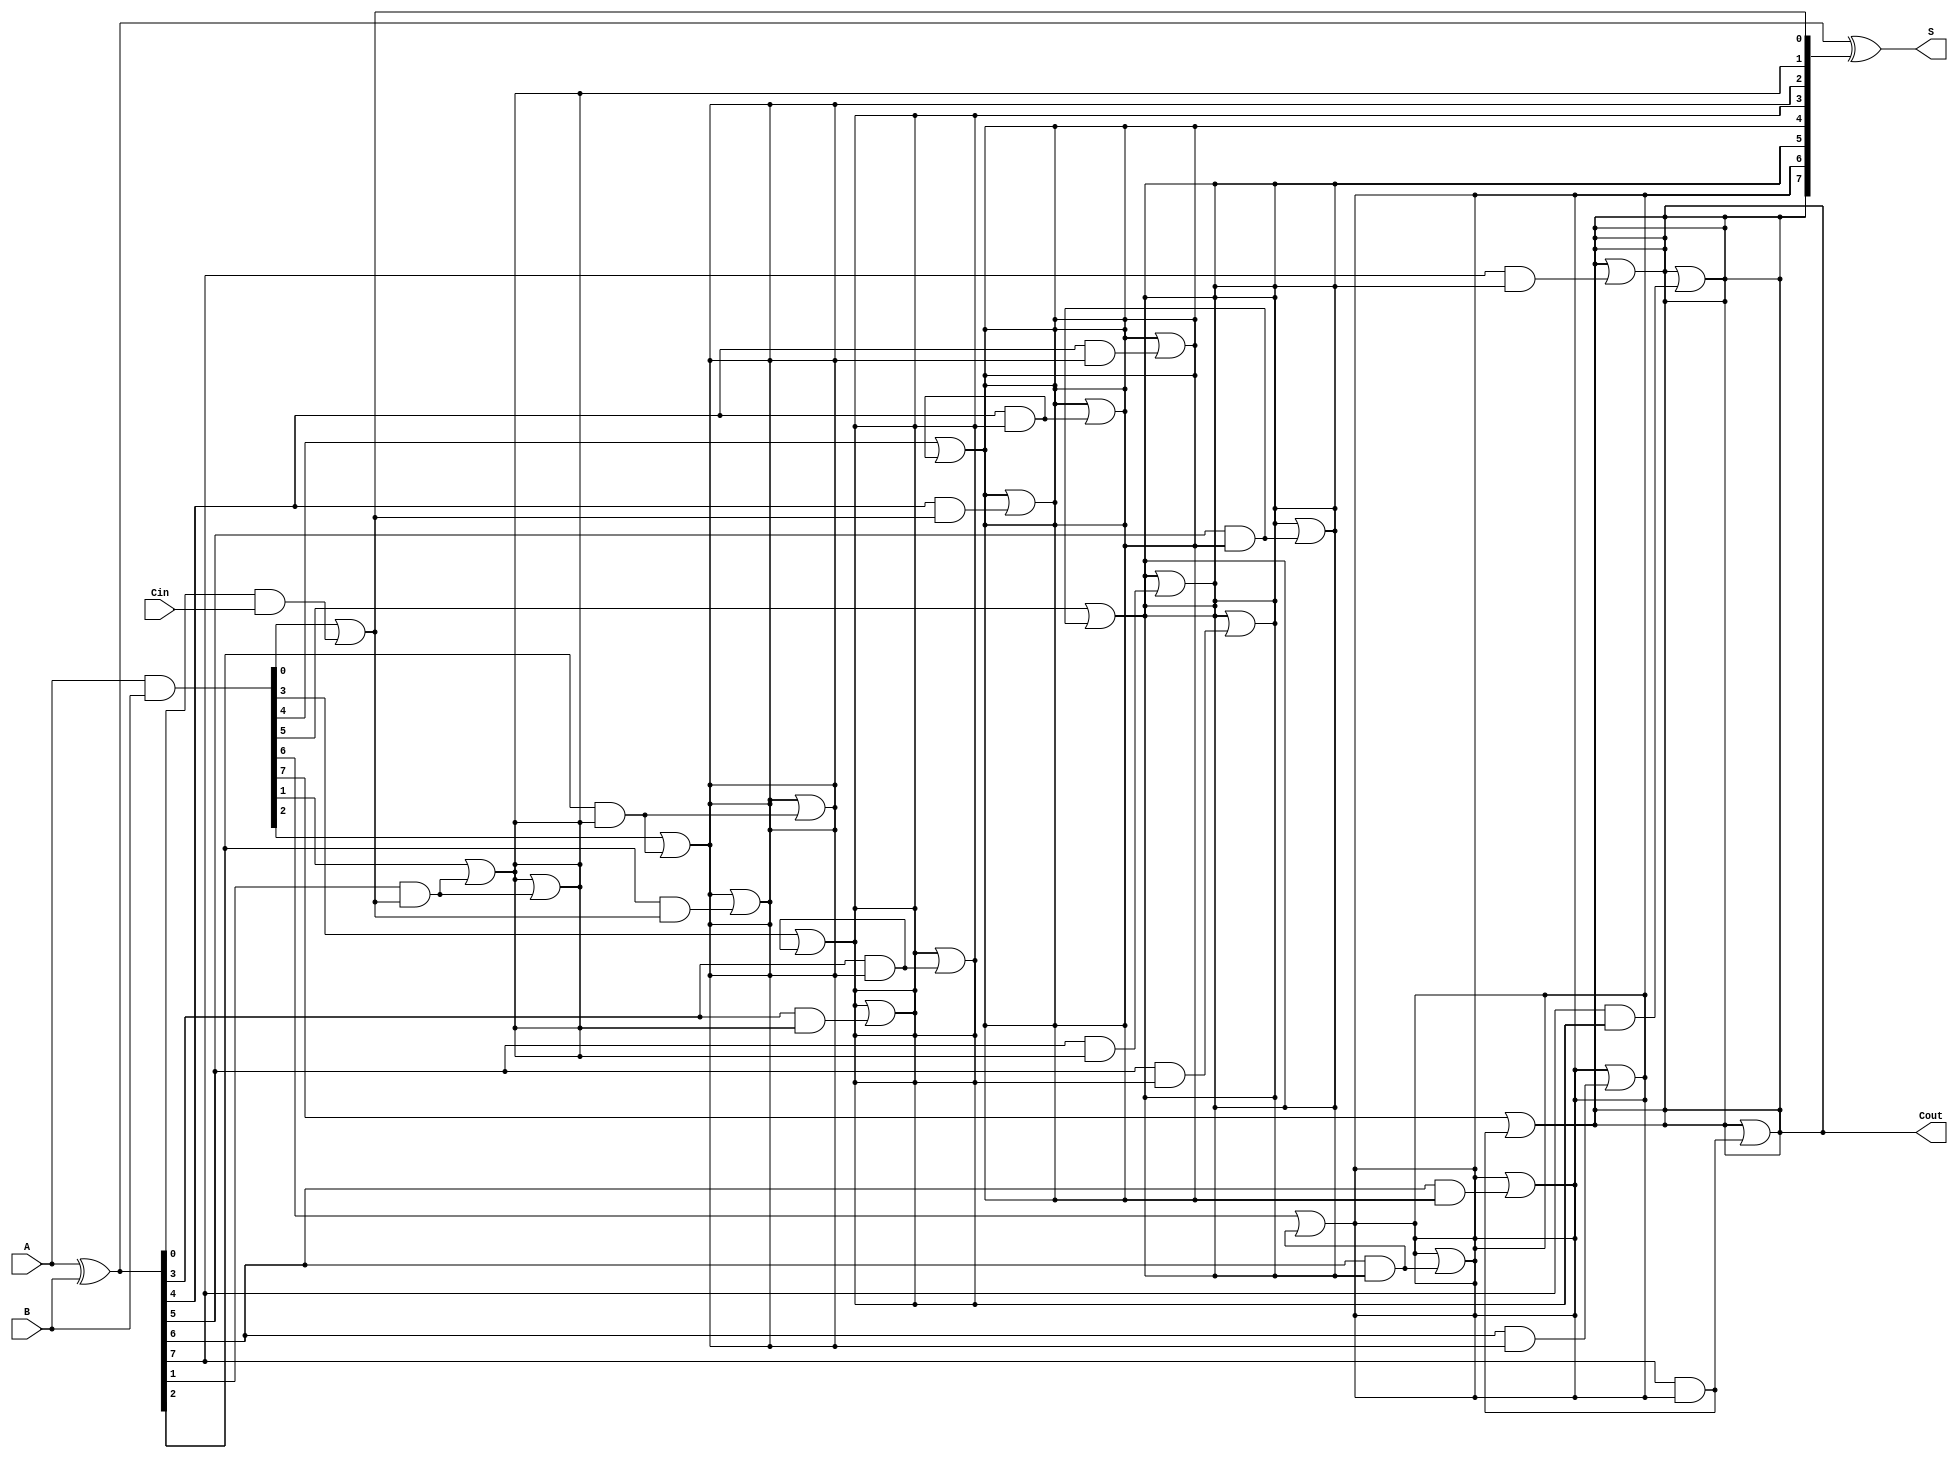
module ParallelPrefixAdder #(parameter N = 8) (
    input  wire [N-1:0] A,     // First n-bit input
    input  wire [N-1:0] B,     // Second n-bit input
    input  wire Cin,           // Carry-in
    output wire [N-1:0] S,     // Sum output
    output wire Cout           // Carry-out
);

    // Generate and Propagate signals
    wire [N-1:0] G; // Generate
    wire [N-1:0] P; // Propagate
    wire [N:0] C;    // Carry bits

    // Generate and Propagate calculations
    assign G = A & B;         // G[i] = A[i] AND B[i]
    assign P = A ^ B;         // P[i] = A[i] XOR B[i]

    // Carry bits initialization
    assign C[0] = Cin; // C[0] is the carry-in

    // Carry generation using Kogge-Stone logic
    genvar i, j;
    generate
        // Level 1
        for (i = 0; i < N; i = i + 1) begin: level1
            if (i == 0) begin
                assign C[i+1] = G[i] | (P[i] & C[i]); // C[1]
            end else begin
                assign C[i+1] = G[i] | (P[i] & C[i]); // C[i+1]
            end
        end

        // Level 2
        for (j = 1; j < N; j = j * 2) begin: level2
            for (i = 0; i < N; i = i + 1) begin: carry_gen
                if (i >= j) begin
                    assign C[i+1] = C[i+1] | (P[i] & C[i-j+1]);
                end
            end
        end
    endgenerate

    // Sum calculation
    assign S = P ^ C[N:1]; // S[i] = P[i] XOR C[i-1]

    // Final carry-out
    assign Cout = C[N]; // Cout is the final carry-out

endmodule